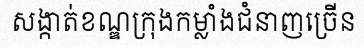
សង្កាត់ខណ្ឌក្រុងកម្លាំងជំនាញច្រើន